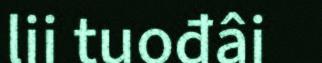
lii tuođâi